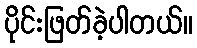
ပိုင်းဖြတ်ခဲ့ပါတယ်။